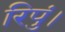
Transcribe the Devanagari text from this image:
रिपुं।